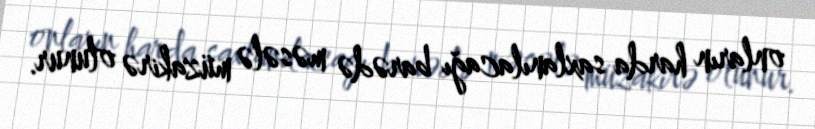
onların harda saxlanılacağı barədə məsələ müzakirə olunur.